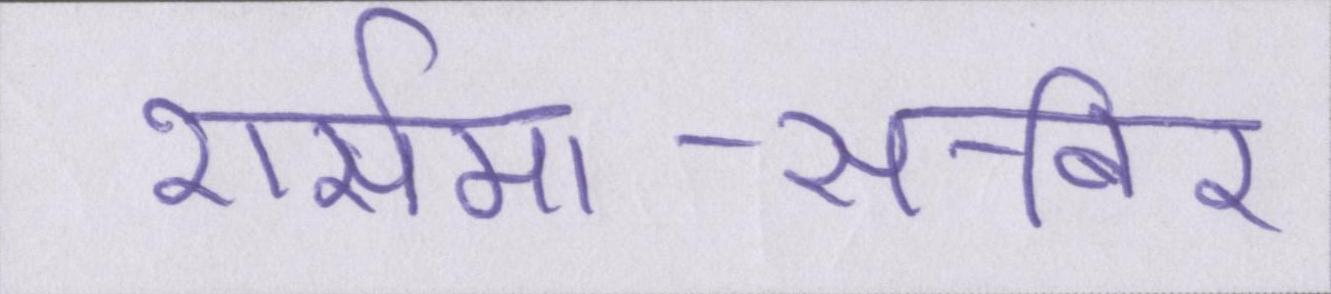
शर्समा-साबिर